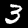
Label: 3